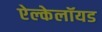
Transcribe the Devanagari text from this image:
ऐल्केलॉयड